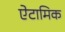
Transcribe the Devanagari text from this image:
ऐटामिक